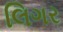
લિગર